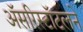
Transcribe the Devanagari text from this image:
अॅसरिस्टॉटलने